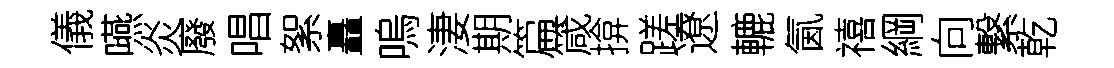
儀嚥炎廢唱絮矗嗚淒期篇箴揜蹉遼轆氤禧綱向繋乾